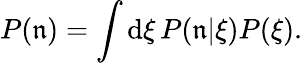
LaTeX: P(\mathfrak{n})=\int\mathrm{{d}}\xi\, P(\mathfrak{n}|\xi)P(\xi).